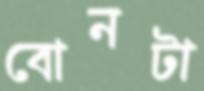
বোনটা